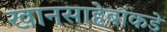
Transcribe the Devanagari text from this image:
खानसाहेबांकडे